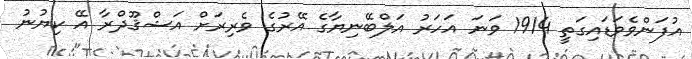
އުފަންވެވަޑައިގަތީ 1914 ވަނަ އަހަރު އަލްބޭނިޔާގެ އޭރުގެ ވެރިރަށް އަޝްޤޫދްރާ އޭ ކިޔުނު